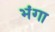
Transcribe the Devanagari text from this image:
भंगा